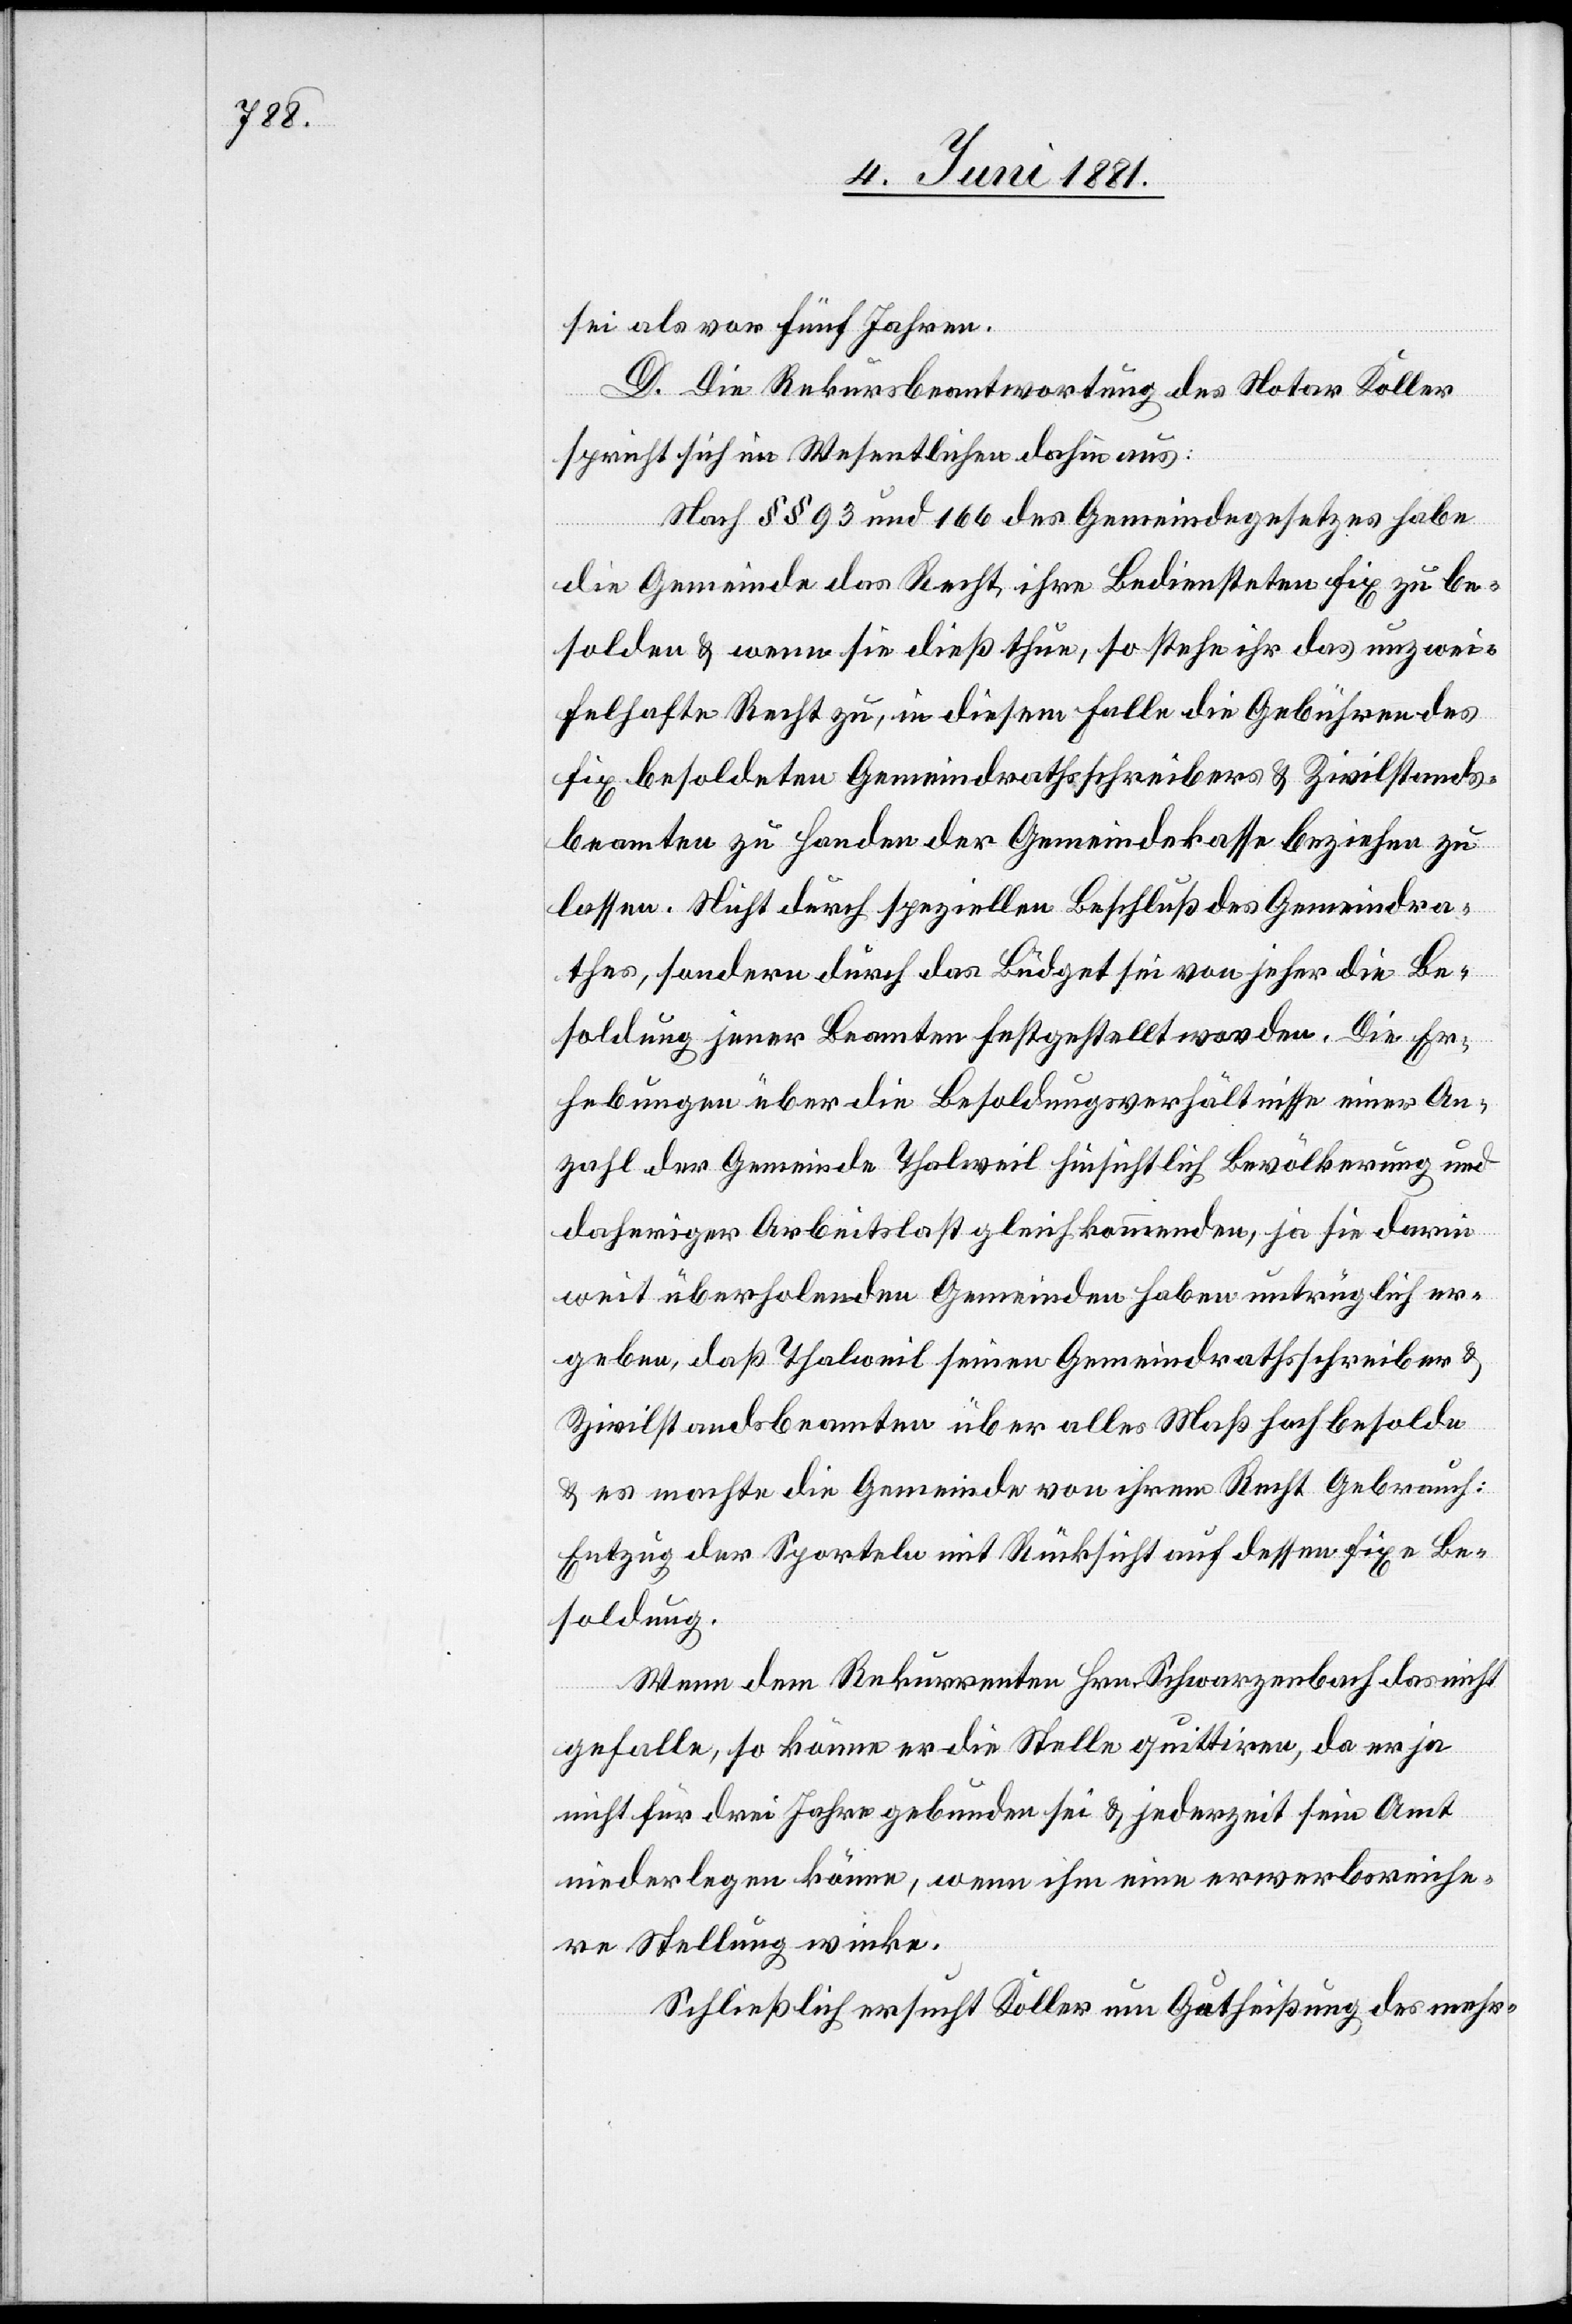
sei als vor fünf Jahren.
D. Die Rekursbeantwortung des Notar Koller
spricht sich im Wesentlichen dahin aus:
Nach §§ 93 und 166 des Gemeindegesetzes habe
die Gemeinde das Recht, ihre Bediensteten fix zu be¬
solden & wenn sie dieß thue, so stehe ihr das unzwei¬
felhafte Recht zu, in diesem Falle die Gebühren des
fix besoldeten Gemeindrathsschreibers & Zivilstands¬
beamten zu Handen der Gemeindekasse beziehen zu
lassen. Nicht durch speziellen Beschluß des Gemeindra¬
thes, sondern durch das Büdget sei von jeher die Be¬
soldung jener Beamten festgestellt worden. Die Er¬
hebungen über die Besoldungsverhältnisse einer An¬
zahl der Gemeinde Thalweil hinsichtlich Bevölkerung und
daheriger Arbeitslast gleichkommenden, ja sie darin
weit überholenden Gemeinden habe untrüglich er¬
geben, daß Thalweil seinen Gemeindrathsschreiber &
Zivilstandsbeamten über alles Maß hoch besolde
& es machte die Gemeinde von ihrem Recht Gebrauch:
Entzug der Sporteln mit Rücksicht auf dessen fixe Be¬
soldung.
Wenn dem Rekurrenten Hrn. Schwarzenbach das nicht
gefalle, so könne er die Stelle quittiren, da er ja
nicht für drei Jahre gebunden sei & jederzeit sein Amt
niederlegen könne, wenn ihm eine erwerbsreiche¬
re Stellung winke.
Schließlich ersucht Koller um Gutheißung des mehr-